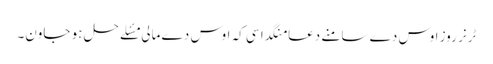
ٹرنر روز اوس دے سامنے دعا منگدا سی کہ اوس دے مالی مسٔلے حل ہو جاون۔